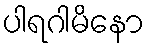
ပါရဂါမိနော